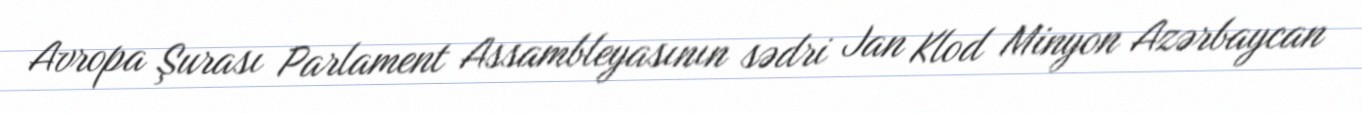
Avropa Şurası Parlament Assambleyasının sədri Jan Klod Minyon Azərbaycan